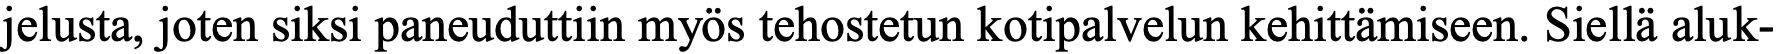
jelusta, joten siksi paneuduttiin myös tehostetun kotipalvelun kehittämiseen. Siellä aluk-